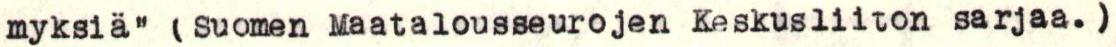
myksiä" (Suomen Maatalousseurojen Keskusliiton sarjaa.)